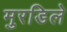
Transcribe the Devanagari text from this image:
मुरडिले